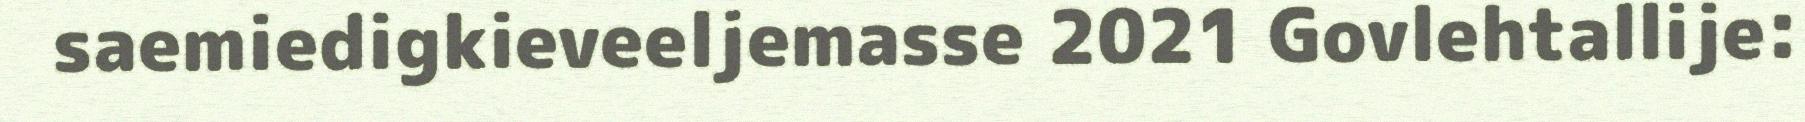
saemiedigkieveeljemasse 2021 Govlehtallije: